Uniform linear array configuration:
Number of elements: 24
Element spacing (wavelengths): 0.5
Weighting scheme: exponential
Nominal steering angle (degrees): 0
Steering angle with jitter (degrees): -0.9956
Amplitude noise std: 0.05
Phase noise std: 0.05

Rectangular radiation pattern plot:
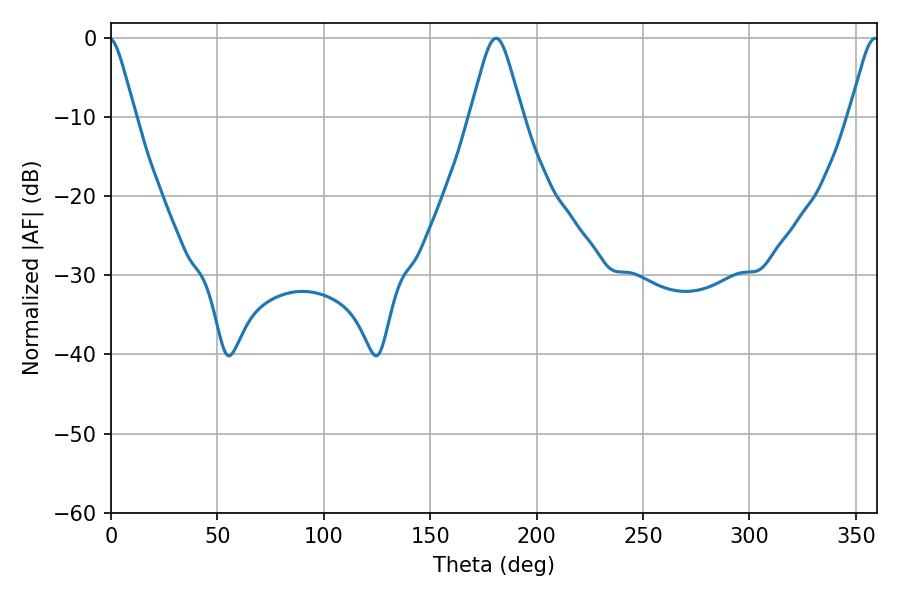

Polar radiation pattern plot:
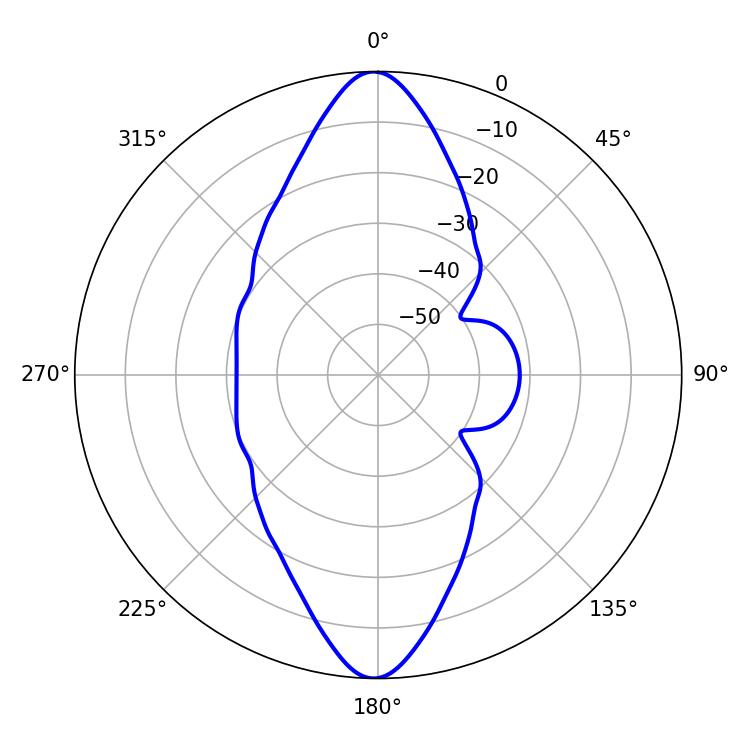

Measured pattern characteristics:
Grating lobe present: FALSE
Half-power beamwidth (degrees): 11.7
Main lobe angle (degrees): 180.9